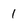
Character: 1